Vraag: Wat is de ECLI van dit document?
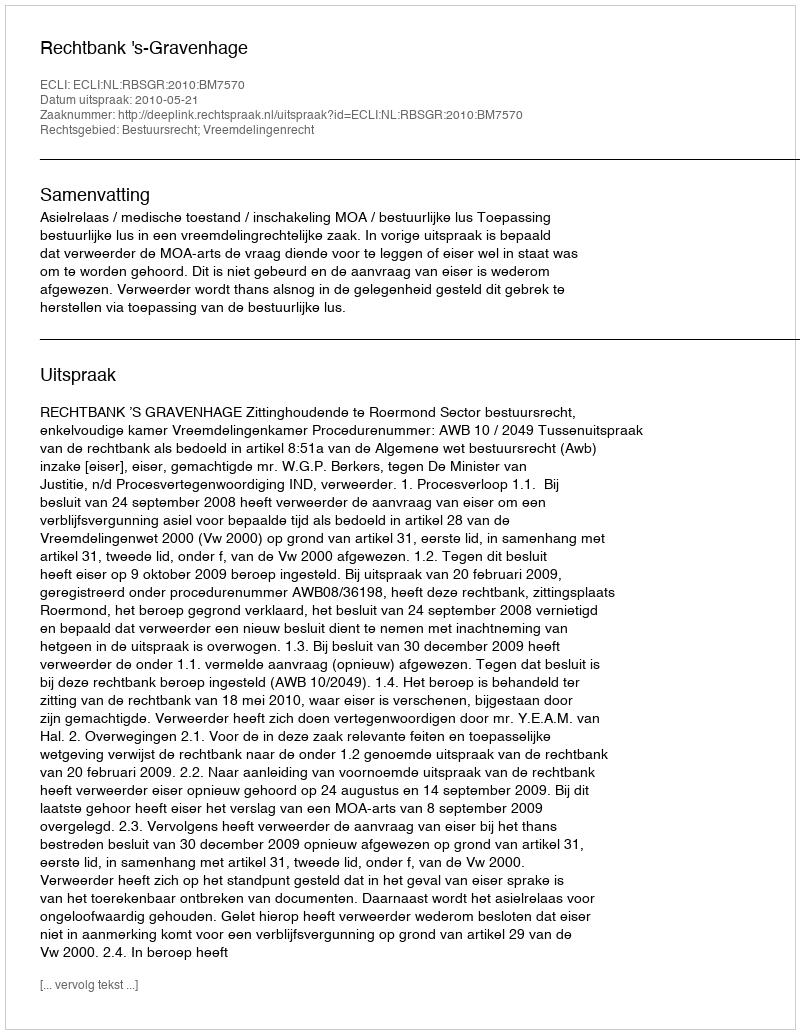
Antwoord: ECLI:NL:RBSGR:2010:BM7570